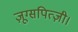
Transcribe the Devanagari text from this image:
ज़ूग्सपित्ज़ी।